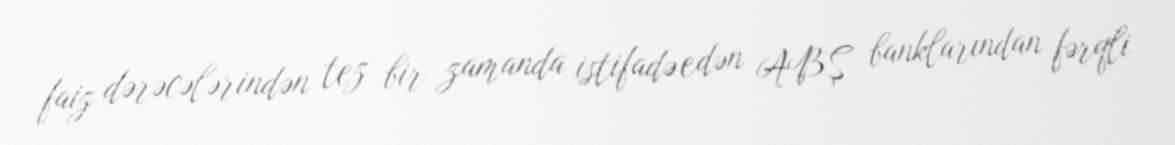
faiz dərəcələrindən tez bir zamanda istifadə edən ABŞ banklarından fərqli